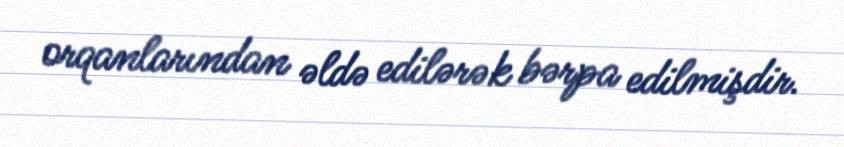
orqanlarından əldə edilərək bərpa edilmişdir.